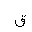
Letter: _qaf